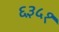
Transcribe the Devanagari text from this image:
६३५१